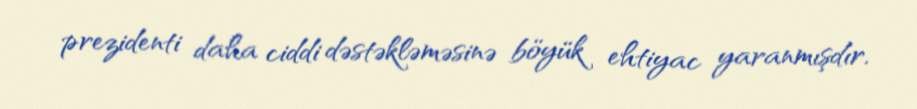
prezidenti daha ciddi dəstəkləməsinə böyük ehtiyac yaranmışdır.